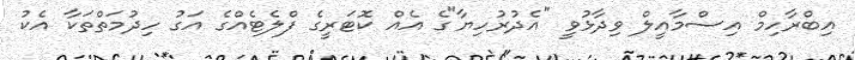
އިބްރާހިމް އިސްމާއީލް ވިދާޅުވީ "އެދުރުހިޔާ"ގެ އެއް ކޮޓަރީގެ ފްލެޓެއްގެ އަގު ހިދުމަތްތަކާ އެކު